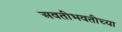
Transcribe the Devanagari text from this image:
अवतीभवतीच्या